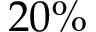
2 0 \%